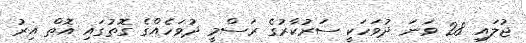
ޖުލައި 28 ވަނަ ދުވަހަކީ ސަރުކާރުގެ ރަސްމީ ދުވަހެއްގެ ގޮތުގައި އޮތް އިރު